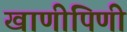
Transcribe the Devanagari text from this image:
खाणीपिणी